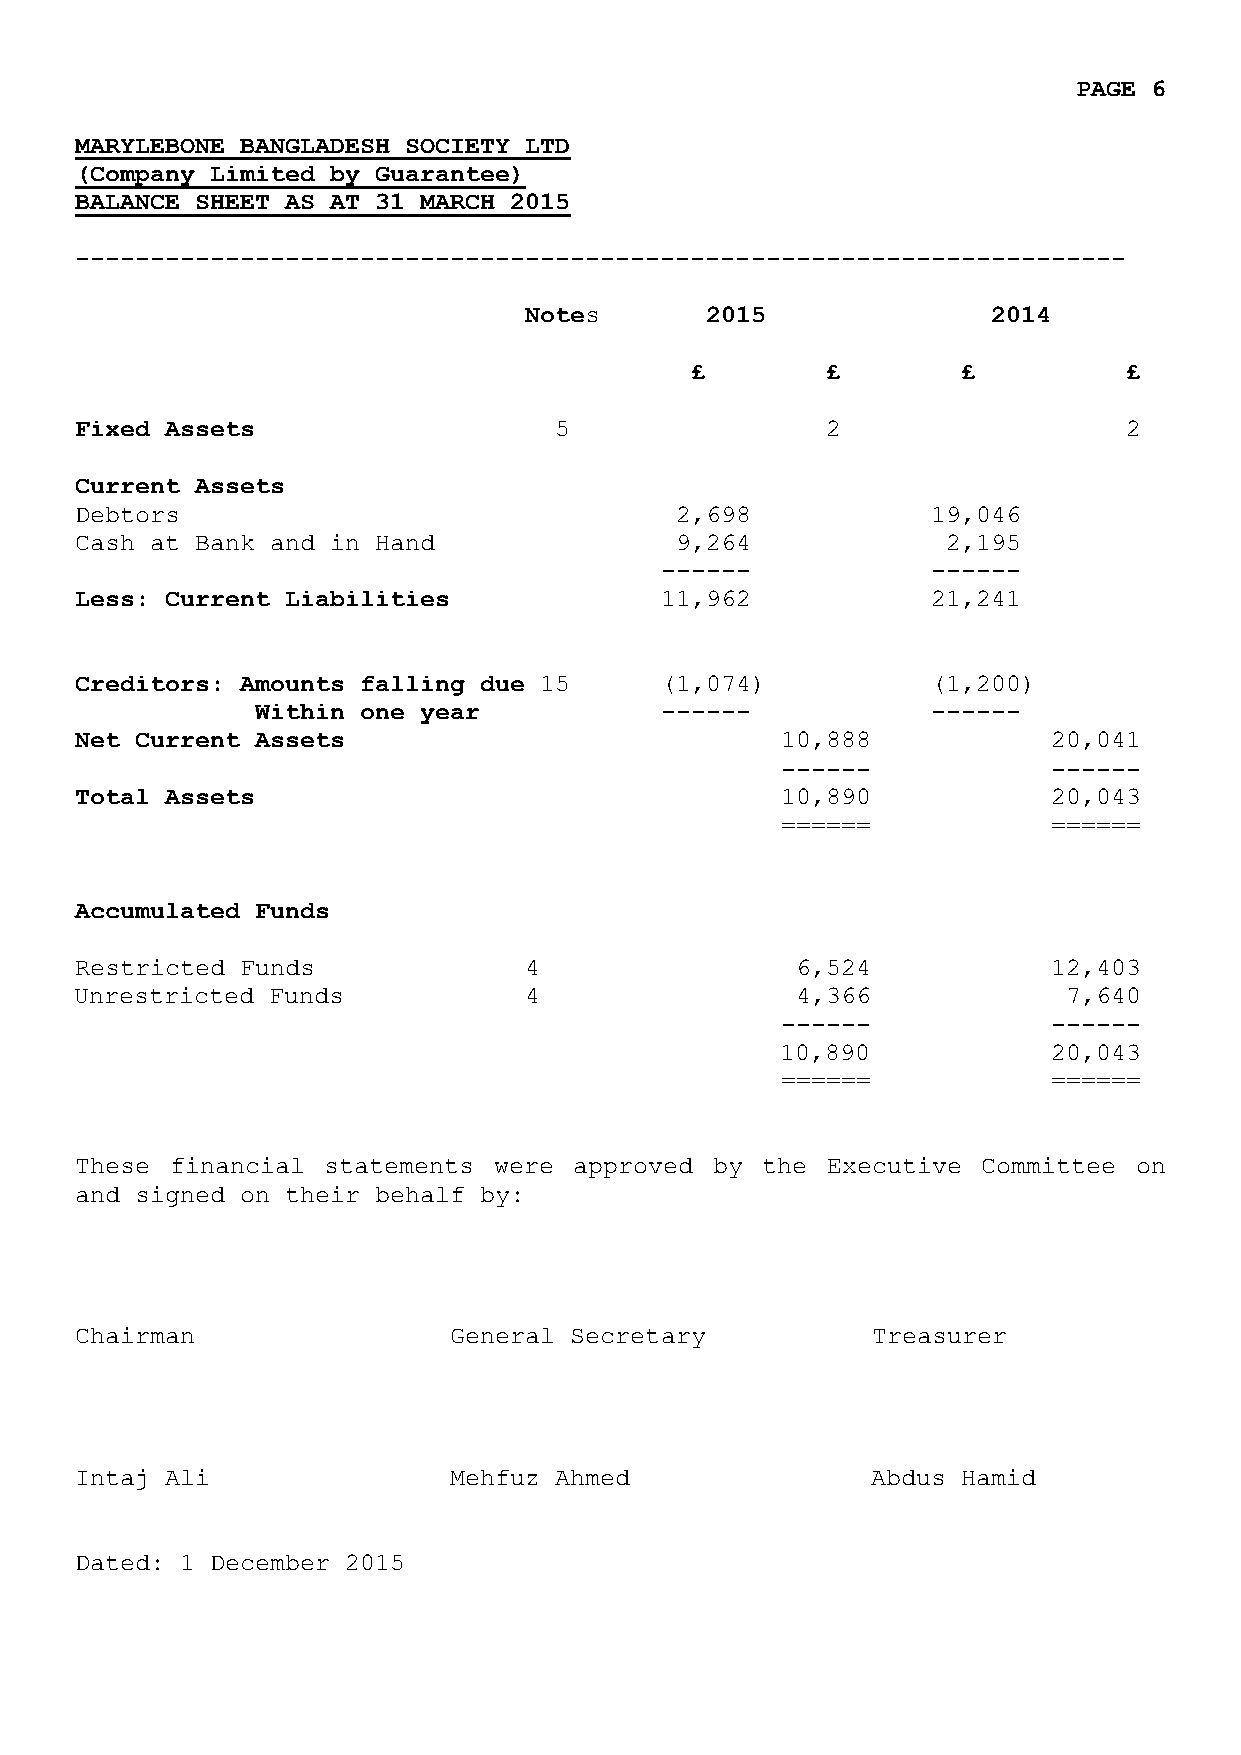
PAGE 6
 MARYLEBONE BANGLADESH SOCIETY LTD
 (Company Limited by Guarantee)
 BALANCE SHEET AS AT 31 MARCH 2015
 ----------------------------------------------------------------------
 Notes       2015               2014
 £        £        £         £
 Fixed Assets                    5                 2                  2
 Current Assets
 Debtors                                 2,698            19,046
 Cash at Bank and in Hand                9,264             2,195
 ------            ------
 Less: Current Liabilities              11,962            21,241
 Creditors: Amounts falling due 15      (1,074)           (1,200)
 Within one year            ------            ------
 Net Current Assets                             10,888            20,041
 ------            ------
 Total Assets                                   10,890            20,043
 ======            ======
 Accumulated Funds
 Restricted Funds              4                 6,524            12,403
 Unrestricted Funds            4                 4,366             7,640
 ------            ------
 10,890            20,043
 ======            ======
 These financial statements  were approved by the  Executive Committee on
 and signed on their behalf by:
 Chairman                 General Secretary           Treasurer
 Intaj Ali                Mehfuz Ahmed                Abdus Hamid
 Dated: 1 December 2015